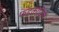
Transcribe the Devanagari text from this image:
फडकाविले